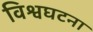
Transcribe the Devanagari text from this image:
विश्वघटना